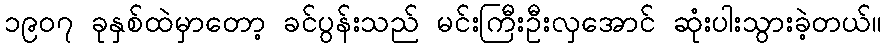
၁၉၀၇ ခုနှစ်ထဲမှာတော့ ခင်ပွန်းသည် မင်းကြီးဦးလှအောင် ဆုံးပါးသွားခဲ့တယ်။